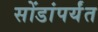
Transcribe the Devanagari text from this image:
सोंडांपर्यंत